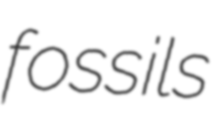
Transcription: fossils